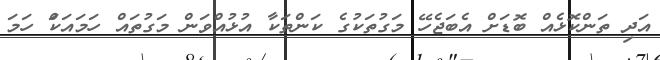
އަދި ތަންކޮޅެއް ބޮޑަށް އެބަޖެހޭ މަގުތަކުގެ ކަންތަކާ އުޅުއްވަން މަގުތައް ހަމައަކަް ހަމަ